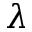
\lambda